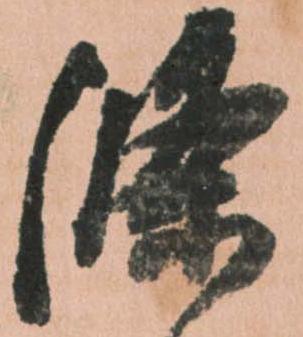
条